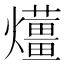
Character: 𤒬